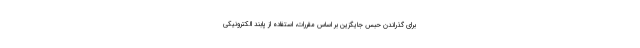
برای گذراندن حبس جایگزین بر اساس مقررات، استفاده از پابند الکترونیکی